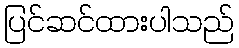
ပြင်ဆင်ထားပါသည်